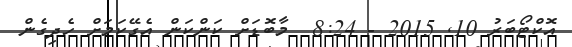
އޮކްޓޯބަރު 10